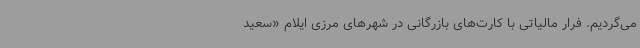
می‌گردیم. فرار مالیاتی با کارت‌های بازرگانی در شهرهای مرزی ایلام «سعید